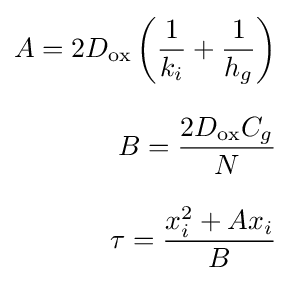
{\begin{aligned}A=2D_{\text{ox}}\left({\frac {1}{k_{i}}}+{\frac {1}{h_{g}}}\right)\\[8pt]B={\frac {2D_{\text{ox}}C_{g}}{N}}\\[8pt]\tau ={\frac {x_{i}^{2}+Ax_{i}}{B}}\end{aligned}}